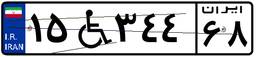
۹۳W۴۱۹۱۷